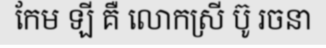
កែម ឡី គឺ លោកស្រី ប៊ូ រចនា